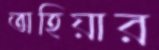
অহিয়ার